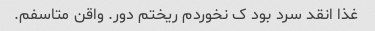
غذا انقد سرد بود ک نخوردم ریختم دور. واقن متاسفم.